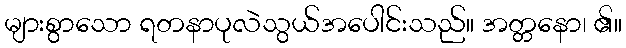
များစွာသော ရတနာပုလဲသွယ်အပေါင်းသည်။ အတ္တနော၊ ၏။